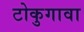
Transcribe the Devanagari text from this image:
टोकुगावा